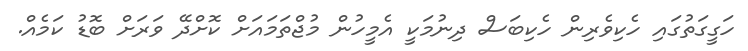
ހަގީގަތުގައި ހެކިވެރިން ހެކިބަސް ދިނުމަކީ އެމީހުން މުޖްތަމައަށް ކޮށްދޭ ވަރަށް ބޮޑު ކަމެއް.